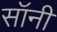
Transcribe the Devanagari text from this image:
सॉनी